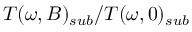
T ( \omega , B ) _ { s u b } / T ( \omega , 0 ) _ { s u b }